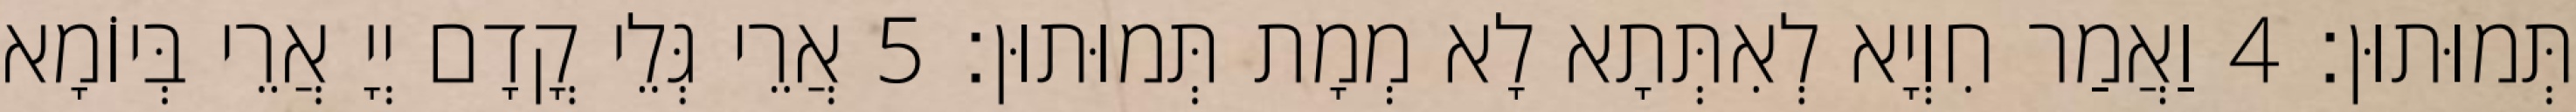
תְּמוּתוּן׃ 4 וַאֲמַר חִוְיָא לְאִתְּתָא לָא מְמָת תְּמוּתוּן׃ 5 אֲרֵי גְּלֵי קֳדָם יְיָ אֲרֵי בְּיוֹמָא